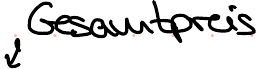
Gesamtpreis